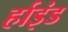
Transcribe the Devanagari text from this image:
र्हाइंड